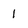
Character: 1